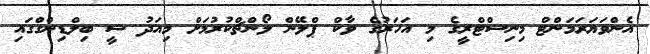
އެންވަޔަރަމަންޓް މިނިސްޓްރީގެ މި އަހަރުގެ ވާކް ޕްލޭން ލޯންޗްކުރުމަށް މިއަދު ޝީ ބިލްޑިންގްގައި